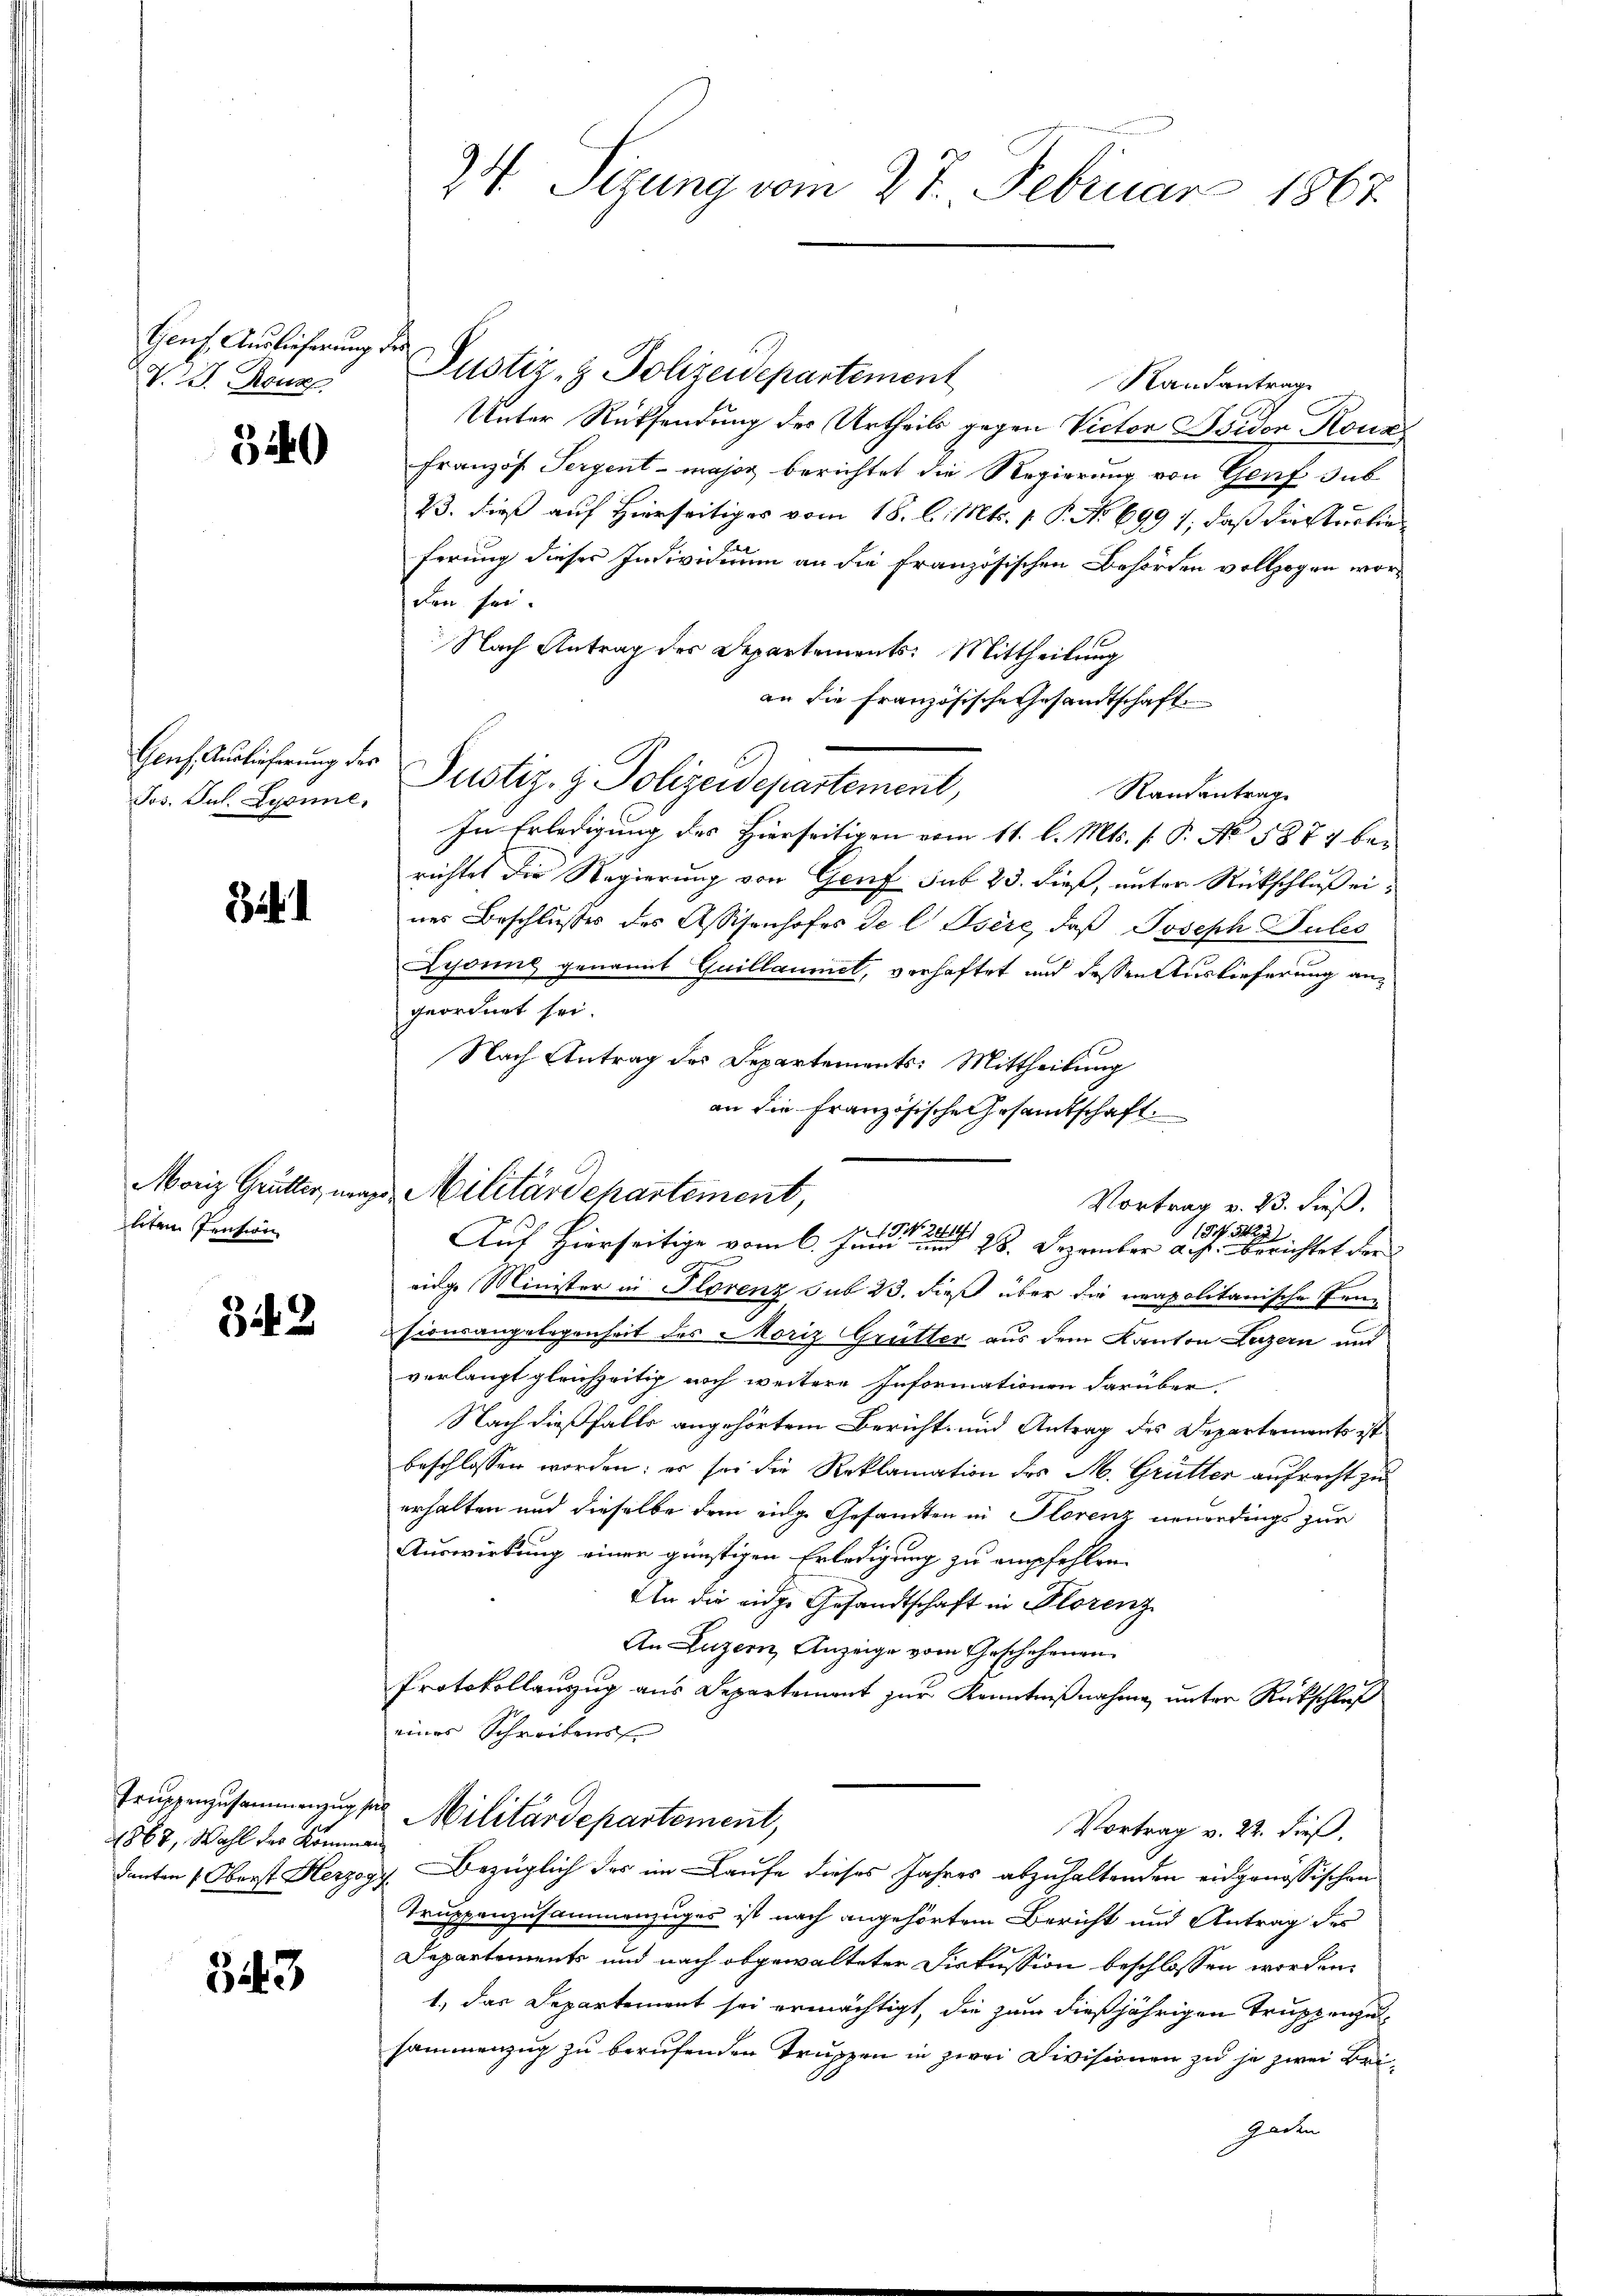
Genf Auslieferung des
 Rouz,

3240

Jos. Jul. Lyonne,

i

liten Pension

342

1867, Wahl der Komm
danten 1. Oberst Herzo

543

Justiz- & Polizeidepartement
Kausantrag
Unter Rücksendung des Urtheils gegen Victor Bsiden Konz
Französ. Serpent - major berichtet die Regierung von Genf sub
23. dieß auf Hierseitiges vom 18. l. Mts. p. P. No 699 1, daß diestertio
ferung dieses Individuum an die französischen Behörden vollzogen worden sei.
Nach Antrag des Departements: Mittheilung
an die französische Gesandtschaft.
Genf Auslicherung der Justiz- & Polizeidepartement,
Rautantrag
In Erledigung des Hierseitigen vom 11. l. Mts. (: P. No. 5877 bei
richtet die Regierung von Genf sub 23. dieß, unter Rückschluß eines Beschlußes des Assisenhofes de l. Jsère, daß Joseph Sules
Lyonig genannt Guillaumet, verhaftet und dessen Auslieferung angeordnet sei.
Nach Antrag des Departements: Mittheilung
an die Französische Gesandtschaft.
eige Minister in Florenz sub 23. dieß über die neapolitanische Jenn
sionsangelegenheit des Moriz Grütter aus dem Kanton Luzern und
verlangt gleichzeitig noch weitere Informationen darüber.
Nach dießfalls angehörtem Bericht- und Antrag des Departements ist
beschlossen worden; er sei die Reklamation des M. Grütter aufrecht zu
erhalten und dieselbe dem einge Gesamten in Florenz neuerdings zur
Auswirkung einer günstigen Erledigung zu empfehlen.
An die eige Gesandtschaft in Florenz
An Luzern, Anzeige vom Geschehenen
Protokollanzug aus Departement zur Kenntnißnahme unter Rückschluß
eines Schreibens |
Truppenzusammenzug der Militärdepartement,
Vortrag v. 22. dieß.
aach
Ich bezüglich der im Laufe dieses Jahres abzuhaltenden eidgenössischen
Truppenzusammenzuges ist nach angehörtem Bericht und Antrag des
Departements und nach abgewalteter Diskussion beschlossen worden.
1.) Das Departement sei ermächtigt, die zum dießjährigen Truppenzusammenzug zu berufenden Truppen in zwei Divisionen zu je zwei Bri¬
Radten

74. Sitzung vom 27. Februar 1867

Moriz Grütter, mag Militärdepartement,

Vortrag v. 23. dieß.
e
18
Auf Hierseitige vom 6. Junii in einen 28. Dezember a. h. Berichtet der